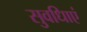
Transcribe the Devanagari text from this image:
सुवधिाएं